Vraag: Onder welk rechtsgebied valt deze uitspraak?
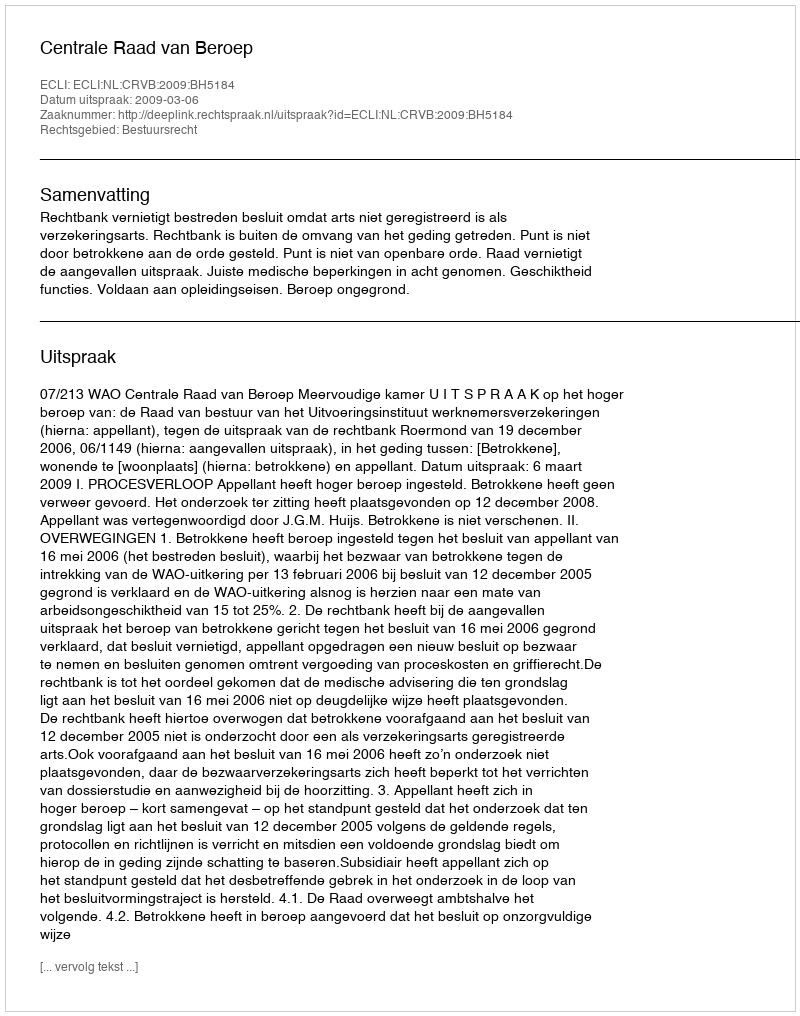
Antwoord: Bestuursrecht